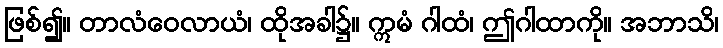
ဖြစ်၍။ တာလံဝေလာယံ၊ ထိုအခါ၌။ ဣမံ ဂါထံ၊ ဤဂါထာကို။ အဘာသိ၊